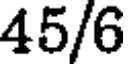
45/6